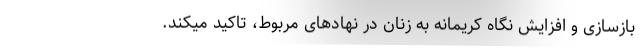
بازسازی و افزایش نگاه کریمانه به زنان در نهادهای مربوط، تاکید میکند.